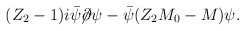
\begin{align*}(Z_2 - 1) i \bar{\psi}\!\!\not\!\partial \psi - \bar{\psi} (Z_2 M_0 - M) \psi.\end{align*}